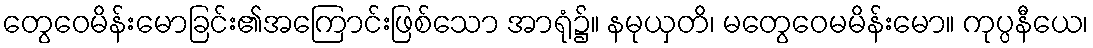
တွေဝေမိန်းမောခြင်း၏အကြောင်းဖြစ်သော အာရုံ၌။ နမုယှတိ၊ မတွေဝေမမိန်းမော။ ကုပ္ပနီယေ၊